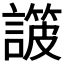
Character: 𧫸